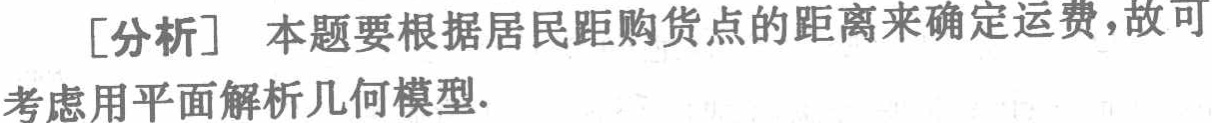
[分析] 本题要根据居民距购货点的距离来确定运费，故可

考虑用平面解析几何模型.